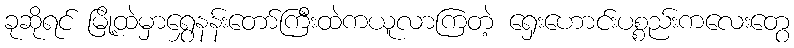
ခုဆိုရင် မြို့ထဲမှာရွှေနန်းတော်ကြီးထဲကယူလာကြတဲ့ ရှေးဟောင်းပစ္စည်းကလေးတွေ